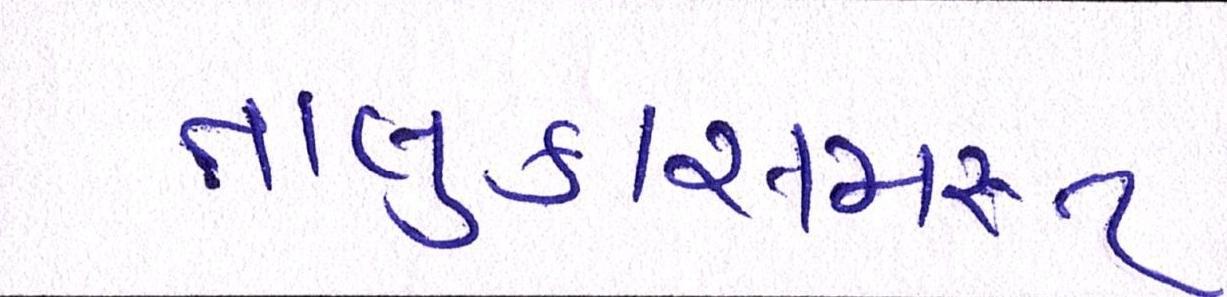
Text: તાલુકાસમસ્ત